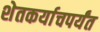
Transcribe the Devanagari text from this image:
शेतकर्याचपर्यंत